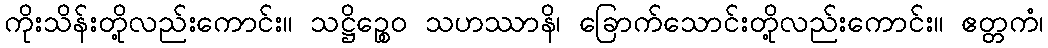
ကိုးသိန်းတို့လည်းကောင်း။ သဋ္ဌိဉ္စေဝ သဟဿာနိ၊ ခြောက်သောင်းတို့လည်းကောင်း။ ဧတ္တကံ၊